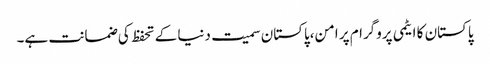
پاکستان کا ایٹمی پروگرام پر امن،پاکستان سمیت دنیا کے تحفظ کی ضمانت ہے۔